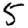
Digit: 5